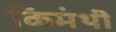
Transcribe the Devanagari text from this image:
किमंथी